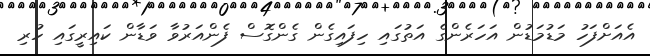
އެއަށްފަހު މަޑުމަޑުން އަހަރެންގެ އަތުގައި ހިފައިގެން ގެންގޮސް ފެންއަރުވާ ވަޑާން ކައިރީގައި ހުރި